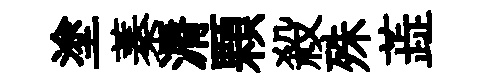
塗蓁漘顆殺殊蕋